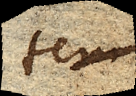
tem